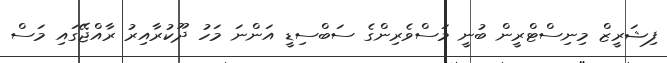
ފިޝަރީޒް މިނިސްޓްރީން ބުނީ މަސްވެރިންގެ ސަބްސިޑީ އަންނަ މަހު ދޫކުރާއިރު ރާއްޖޭގައި މަސް